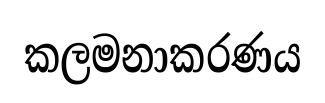
කලමනාකරණය